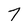
Character: 7